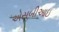
એસબીઆઇ